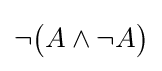
\neg {\big (}A\land \neg A{\big )}